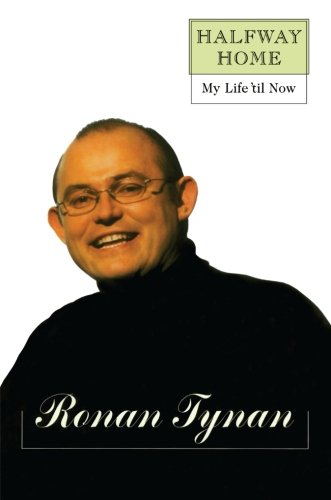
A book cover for Halfway Home: My Life 'til Now; Ronan Tynan; Biographies & Memoirs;